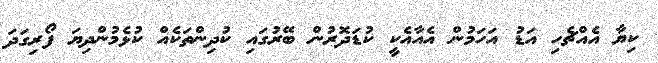
ކިޔާ އެއްޗެހި އަޑު އަހަމުން އެއާއެކީ ކުޑަދޮރުން ބޭރުގައި ކުދިންތަކެއް ކުޅެމުންދިޔަ ފޯރިގަދަ